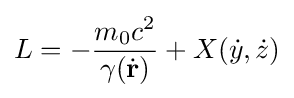
L=-{\frac {m_{0}c^{2}}{\gamma ({\dot {\mathbf {r} }})}}+X({\dot {y}},{\dot {z}})